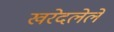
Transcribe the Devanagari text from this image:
खरेदलेले